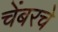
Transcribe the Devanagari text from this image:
चेंबरचे